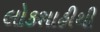
લોકશાહીથી